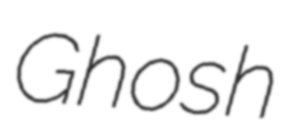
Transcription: Ghosh